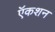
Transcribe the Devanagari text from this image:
ऍकशन